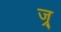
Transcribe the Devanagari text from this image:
ज्र्